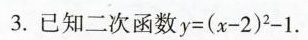
3.已知二次函数$$y = ( x - 2 ) ^ { 2 } - 1$$.